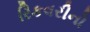
રિકવરીનો